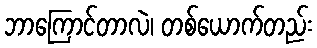
ဘာကြောင်တာလဲ၊ တစ်ယောက်တည်း